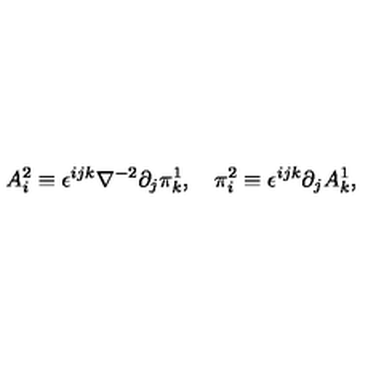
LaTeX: A _ { i } ^ { 2 } \equiv \epsilon ^ { i j k } \nabla ^ { - 2 } \partial _ { j } \pi _ { k } ^ { 1 } , \quad \pi _ { i } ^ { 2 } \equiv \epsilon ^ { i j k } \partial _ { j } A _ { k } ^ { 1 } ,